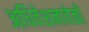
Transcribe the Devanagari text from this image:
अधिवेशनावेळी